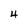
Character: 4